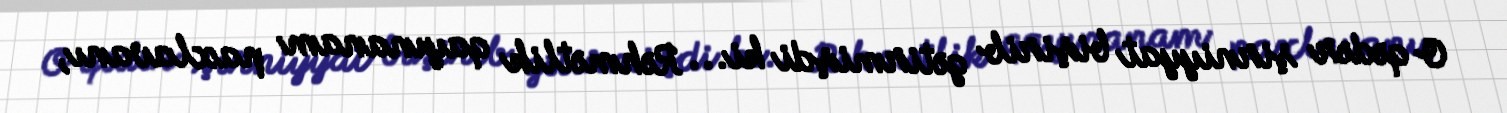
O qədər şirniyyat bişirib gətirmişdi ki... Rəhmətlik qayınanam paxlavanı,